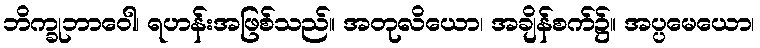
ဘိက္ခုဘာဝေါ၊ ရဟန်းအဖြစ်သည်။ အတုလိယော၊ အချိန်စက်၌။ အပ္ပမေယော၊